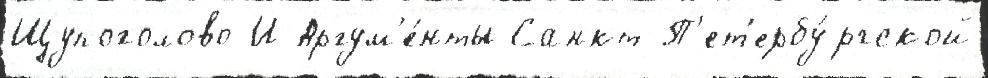
Щупоголово И Аргум'е́нты Санкт-П'ет'ербу́ргской